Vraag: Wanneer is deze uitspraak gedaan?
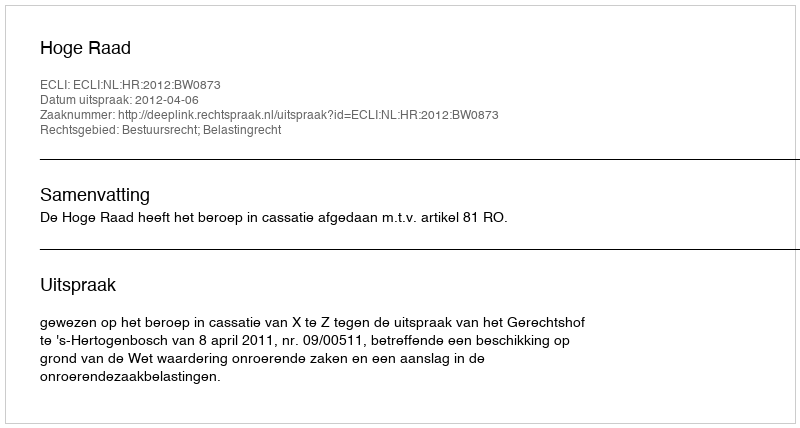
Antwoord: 2012-04-06